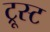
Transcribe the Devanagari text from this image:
ट्रूस्ट